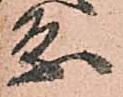
条